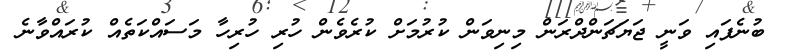
ބުނެފައި ވަނީ ޖަޔަޗަންދްރަން މިނިވަން ކުރުމަށް ކުރެވެން ހުރި ހުރިހާ މަސައްކަތެއް ކުރައްވާނެ